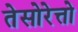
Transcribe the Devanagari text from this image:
तेसोरेत्तो